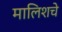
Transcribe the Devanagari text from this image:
मालिशचे